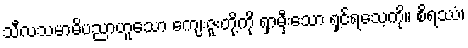
သီလသမာဓိပညာဟူသော ကျေးဇူးတို့ကို ရှာမှီးသော ရှင်ရသေ့ကို။ စိရဿံ၊